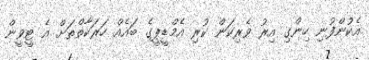
އެކުންފުނި ހިންގި އިރު ވެރިކަން ކުރި އެމްޑީޕީގެ ބައެއް ހަރަކާތްތަށް އެ ޓީވީން